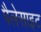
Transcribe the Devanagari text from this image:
पैलेसाइट